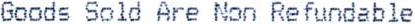
GOODS SOLD ARE NON REFUNDABLE